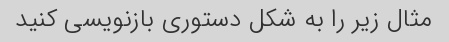
مثال زیر را به شکل دستوری بازنویسی کنید